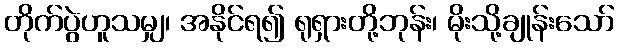
တိုက်ပွဲဟူသမျှ၊ အနိုင်ရ၍ ရုရှားတို့ဘုန်း၊ မိုးသို့ချုန်းသော်